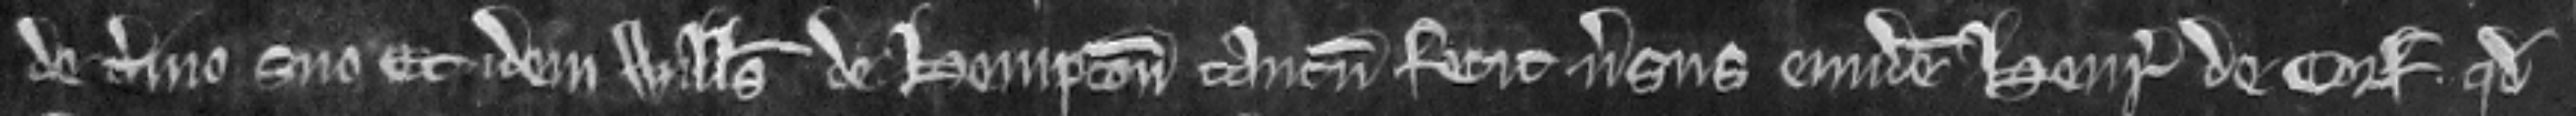
de termino suo et idem Willelmus de Hempton tantum fecit versus eundem Henricum de Corf . quod